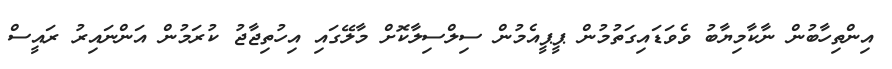
އިންތިހާބުން ނާކާމިޔާބު ވެވަޑައިގަތުމުން ޕީޕީއެމުން ސިލްސިލާކޮށް މާލޭގައި އިހުތިޖާޖު ކުރަމުން އަންނައިރު ރައީސް